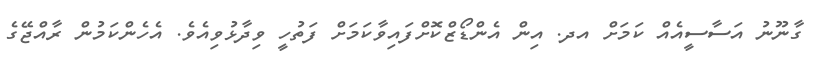
ގާނޫނު އަސާސީއެއް ކަމަށް އދ. އިން އެންޑޯޒްކޮށްފައިވާކަމަށް ފަތުހީ ވިދާޅުވިއެވެ. އެހެންކަމުން ރާއްޖޭގެ